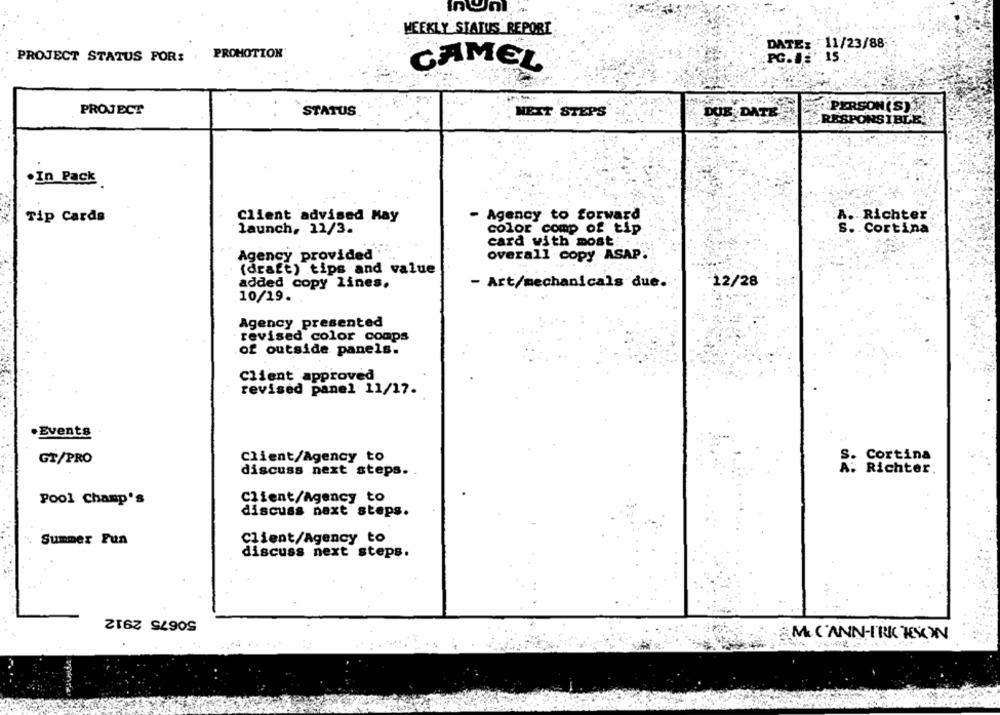
InunI
WEEKLY STATUS REPORT
DATE: 11/23/88
PROJECT STATUS FOR: , PROMOTION
PC.JE : 15.
CAMEL
PROJECT
STATUS
NEXT STEPS
DUE DATE
PERSON (S)
RESPONSIBLE'!
. In Pack
Agency to forward
Tip Cards
Client advised Kay
A .. Richter
launch, 12/3.
color comp of tip
s. Cortina'
card with most ...
Agency provided
overall copy ASAP:
(draft) tips and value
added copy lines.
- Art/mechanicals due.
-12/28
10/19.
Agency presented
revised color comps
of outside panels.
Client approved
revised panel 11/17.
.Events
Client/Agency to
S. Cortina
GT/PRO
discuss next steps.
A. Richter
Pool Champ's
Client/Agency to
discuss next steps.
Summer Fun
Client/Agency to
discuss next steps.
50675 2912
M. C'ANN-FRICTION